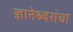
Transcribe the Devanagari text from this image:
ज्ञानेश्र्वरांचा